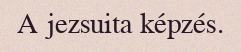
A jezsuita képzés.